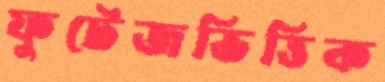
ফুটেজভিত্তিক